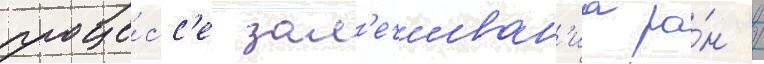
проце́сс'е зал'ечиван'иа ра́н /